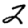
Digit: 2